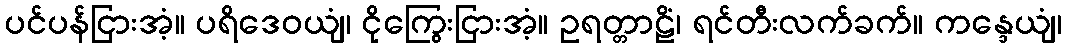
ပင်ပန်ငြားအံ့။ ပရိဒေဝယျံ၊ ငိုကြွေးငြားအံ့။ ဥရတ္တာဠိံ၊ ရင်တီးလက်ခက်။ ကန္ဒေယျံ၊